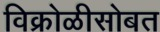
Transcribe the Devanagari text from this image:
विक्रोळीसोबत